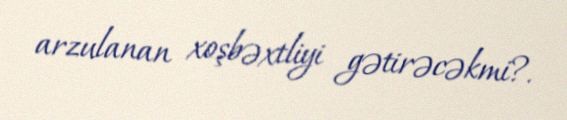
arzulanan xoşbəxtliyi gətirəcəkmi?.